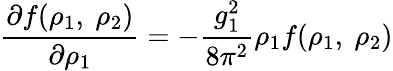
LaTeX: \frac{\partial f(\rho_{1},~\rho_{2})}{\partial\rho_{1}}=-\frac{g_{1}^{2}}{8\pi^{2}}\rho_{1}f(\rho_{1},~\rho_{2})